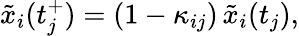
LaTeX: \tilde{x}_{i}(t_{j}^{+})=(1-\kappa_{ij})\, \tilde{x}_{i}(t_{j}),